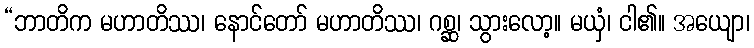
“ဘာတိက မဟာတိဿ၊ နောင်တော် မဟာတိဿ၊ ဂစ္ဆ၊ သွားလော့။ မယှံ၊ ငါ၏။ အယျော၊